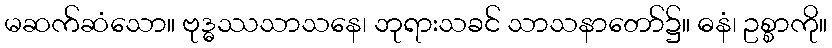
မဆက်ဆံသော။ ဗုဒ္ဓဿသာသနေ၊ ဘုရားသခင် သာသနာတော်၌။ ဓနံ၊ ဥစ္စာကို။